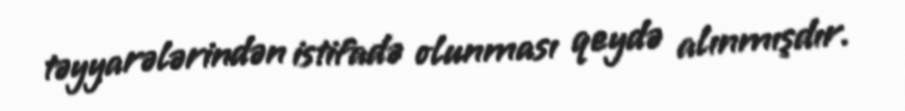
təyyarələrindən istifadə olunması qeydə alınmışdır.